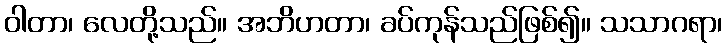
ဝါတာ၊ လေတို့သည်။ အဘိဟတာ၊ ခပ်ကုန်သည်ဖြစ်၍။ သသာဂရာ၊